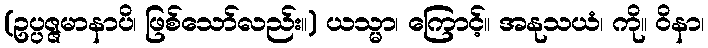
(ဥပ္ပဇ္ဇမာနာပိ၊ ဖြစ်သော်လည်း။) ယသ္မာ၊ ကြောင့်။ အနုသယံ၊ ကို။ ဝိနာ၊